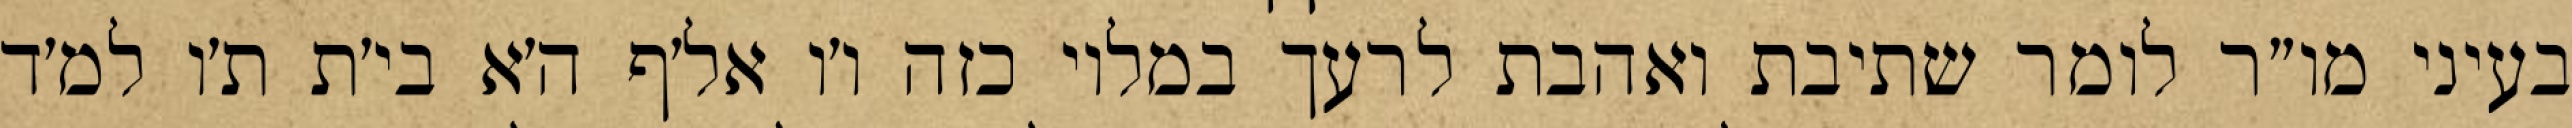
בעיני מו״ר לומר שתיבת ואהבת לרעך במלוי כזה ו׳ו אל׳ף ה׳א בי׳ת ת׳ו למ׳ד